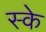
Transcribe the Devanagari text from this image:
स्के